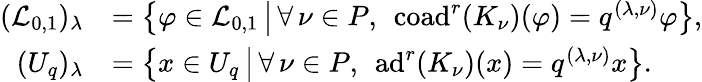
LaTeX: \begin{array}{rl}{(\mathcal{L}_{0,1})_{\lambda}}&{=\bigl\{ \varphi\in\mathcal{L}_{0,1}\, \big|\, \forall\, \nu\in P,\: \: \mathrm{coad}^{r}(K_{\nu})(\varphi)=q^{(\lambda,\nu)}\varphi\bigr\} ,}\\ {(U_{q})_{\lambda}}&{=\bigl\{ x\in U_{q}\, \big|\, \forall\, \nu\in P,\: \: \mathrm{ad}^{r}(K_{\nu})(x)=q^{(\lambda,\nu)}x\bigr\} .}\end{array}